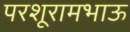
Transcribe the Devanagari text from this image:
परशूरामभाऊ